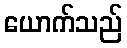
ယောက်သည်